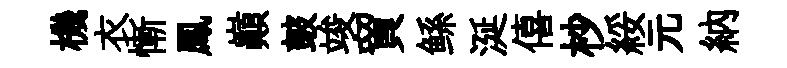
機衣慚鳳巔皷竣貿鲧涎僖杪綏元納